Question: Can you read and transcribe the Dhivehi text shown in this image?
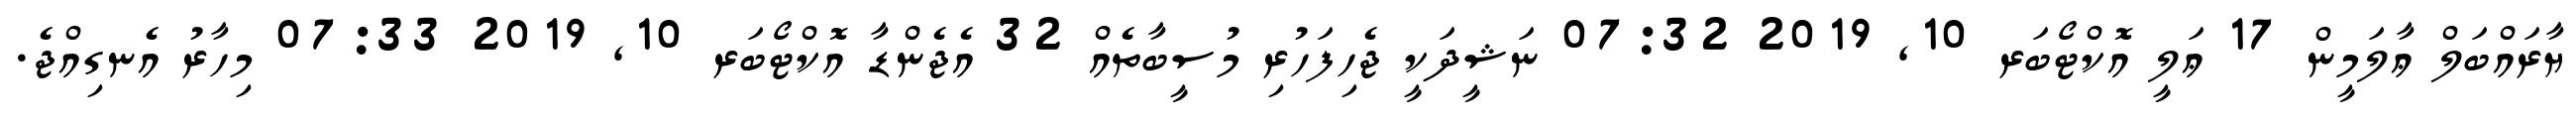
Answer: ޔާރައްބަލް ޢާލަމީން 17 ޢަލީ އޮކްޓޯބަރ 10, 2019 07:32 ނަޝީދަކީ ޖެހިފަހުރި މުސީބާތެއް 32 އެޖެންޑާ އޮކްޓޯބަރ 10, 2019 07:33 މިހާރު އެނގިއްޖެ.